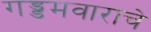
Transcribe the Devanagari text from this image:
गड्डमवाराचे